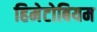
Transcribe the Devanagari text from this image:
हिमेटोबियम